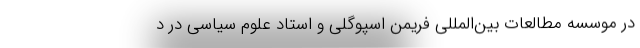
در موسسه مطالعات بین‌المللی فریمن اسپوگلی و استاد علوم سیاسی در د